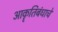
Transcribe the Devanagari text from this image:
आकॄतिबंधाचे